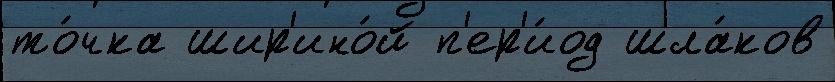
то́чка шир'ино́й п'ер'и́од шла́ков